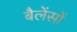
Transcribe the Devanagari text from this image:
बैलेंसों